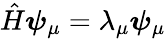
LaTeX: {\hat{H}}\boldsymbol{\psi}_{\mu}=\lambda_{\mu}\boldsymbol{\psi}_{\mu}